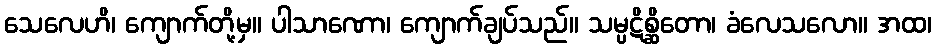
သေလေဟိ၊ ကျောက်တို့မှ။ ပါသာဏော၊ ကျောက်ချပ်သည်။ သမ္ပဋိစ္ဆိတော၊ ခံလေသလော။ အထ၊